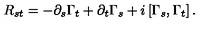
R _ { s t } = - \partial _ { s } \Gamma _ { t } + \partial _ { t } \Gamma _ { s } + i \left[ \Gamma _ { s } , \Gamma _ { t } \right] .